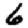
Digit: 6